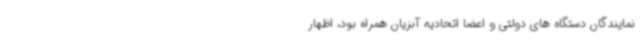
نمایندگان دستگاه های دولتی و اعضا اتحادیه آبزیان همراه بود، اظهار